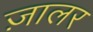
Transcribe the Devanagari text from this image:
ज़ालर